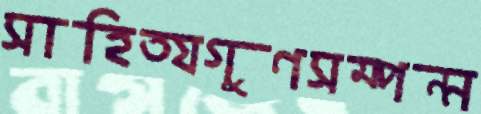
সাহিত্যগুণসম্পন্ন